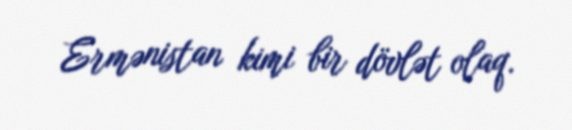
Ermənistan kimi bir dövlət olaq.